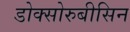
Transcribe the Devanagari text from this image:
डोक्सोरुबीसिन